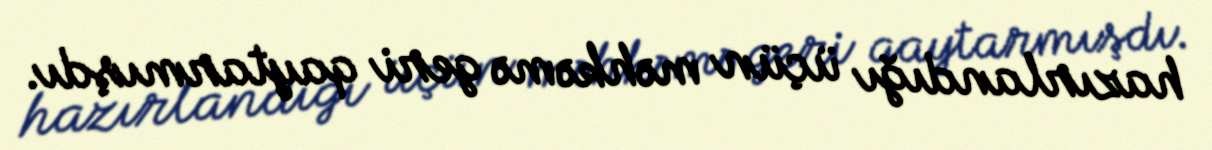
hazırlandığı üçün məhkəmə geri qaytarmışdı.